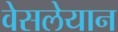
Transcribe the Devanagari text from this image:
वेसलेयान